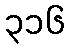
၃၁၆